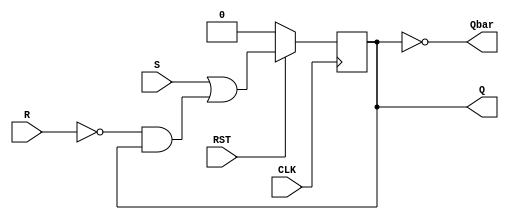
module SR_Flipflop(S,R,CLK,RST,Q,Qbar);
output Q,Qbar;
input  S,R,CLK,RST;
reg  Q;
always @(posedge CLK)

begin // positive-edge triggered
if (!RST) // synchronous reset, active low
Q <= 1'b0;
else
Q <= (S)|(~R & Q); // characteristic equation
end
assign Qbar = ~ Q ;
endmodule